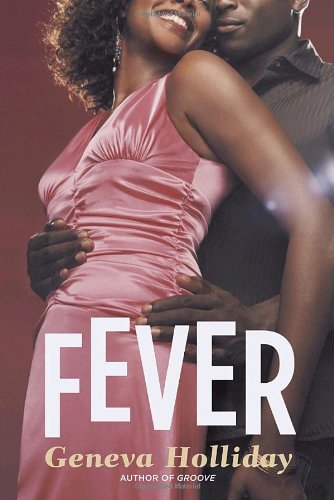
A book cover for Fever; Geneva Holliday; Romance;